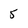
Character: 5